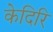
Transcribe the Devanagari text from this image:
केदिरि